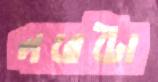
লরেটো